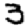
Digit: 3